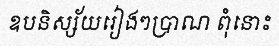
ឧបនិស្ស័យរៀងៗប្រាណ ពុំនោះ